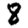
Digit: 8